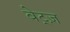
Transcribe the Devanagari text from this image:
बेट्ज़